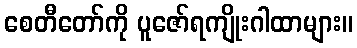
စေတီတော်ကို ပူဇော်ရကျိုးဂါထာများ။